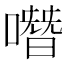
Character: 噆